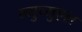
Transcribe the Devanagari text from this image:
म्युच्युएल